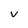
Character: v